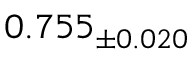
0 . 7 5 5 _ { \pm 0 . 0 2 0 }